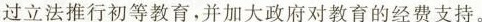
过立法推行初等教育，并加大政府对教育的经费支持。